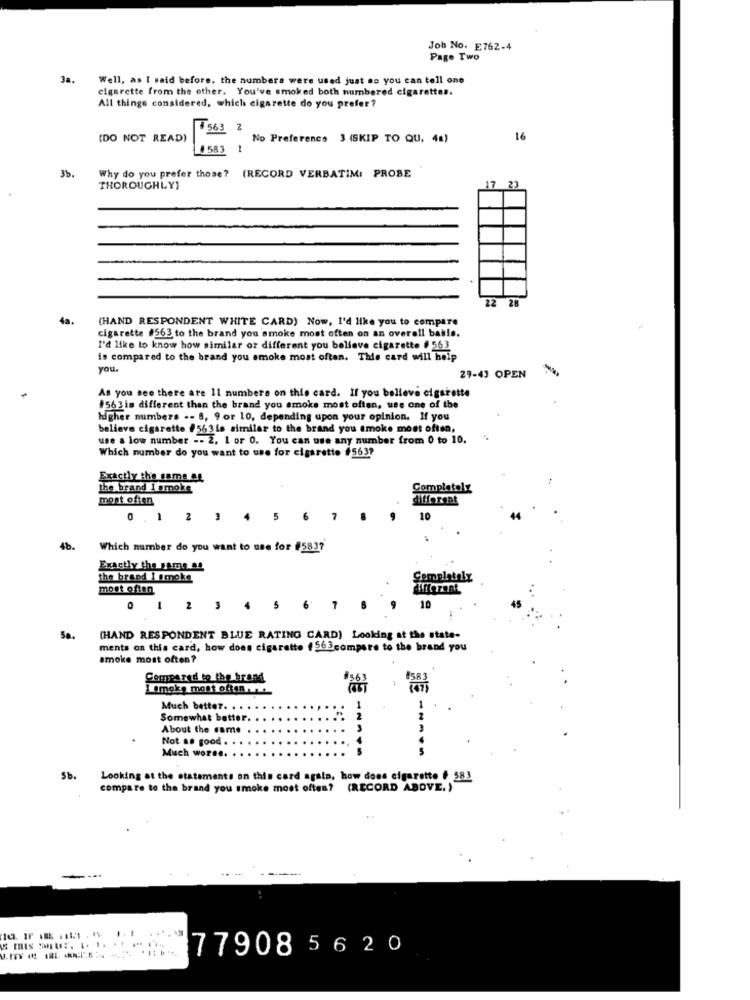
Job No. E762-4
Page Two
Ja.
Well, as I said before, the numbers were used just so you can tell one
cigarette from the other. You've smoked both numbered cigarettes.
All things considered, which cigarette do you prefer ?
3 2
(DO NOT READ)
No Preference 3 (SKIP TO QU, 4%)
16
# 583
36.
Why do you prefer those? (RECORD VERBATIM: PROBE
THOROUGHLY)
17 23
22 28
4s.
(HAND RESPONDENT WHITE CARD) Now, I'd like you to compare
cigarette #563 to the brand you smoke most often on an overall bable.
I'd like to know how similar or different you believe cigarette # 563
is compared to the brand you smoke most often. This card will help
you.
29-43 OPEN
As you see there are 11 numbers on this card. If you believe cigarette
#563 is different than the brand you smoke most often, use one of the
higher numbers -- 8, 9 or 10, depending upon your opinion. If you
believe cigarette #563 is similar to the brand you smoke most often,
use a low number -- 2, 1 or 0. You can use any number from 0 to 10.
Which number do you want to use for cigarette $563?
Exactly the same &s
the brand I smoke
Completely
most often
different
0
1
2 3
5
4b.
Which number do you want to use for #5837
Exactly the Fame AL
the brand I smoke
Completely
most often
0
1 2 3 4 5
6'
7
10
Sa.
(HAND RESPONDENT BLUE RATING CARD) Looking at the state-
ments on this card, how does cigarette # 56 3compare to the brand you
amoke most often?
Compared to the brand
LImak, most often .
Much better. . . .
Somewhat better.
About the same
Not so good .
Much worse.
Sb.
Looking at the statements on this card agala, how does cigarette # 583
compare to the brand you smoke most often? (RECORD ABOVE.)"
77908 56 20